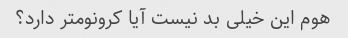
هوم این خیلی بد نیست آیا کرونومتر دارد؟